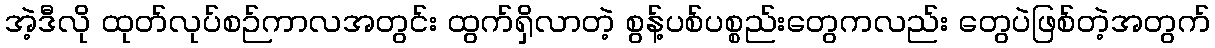
အဲ့ဒီလို ထုတ်လုပ်စဉ်ကာလအတွင်း ထွက်ရှိလာတဲ့ စွန့်ပစ်ပစ္စည်းတွေကလည်း တွေပဲဖြစ်တဲ့အတွက်